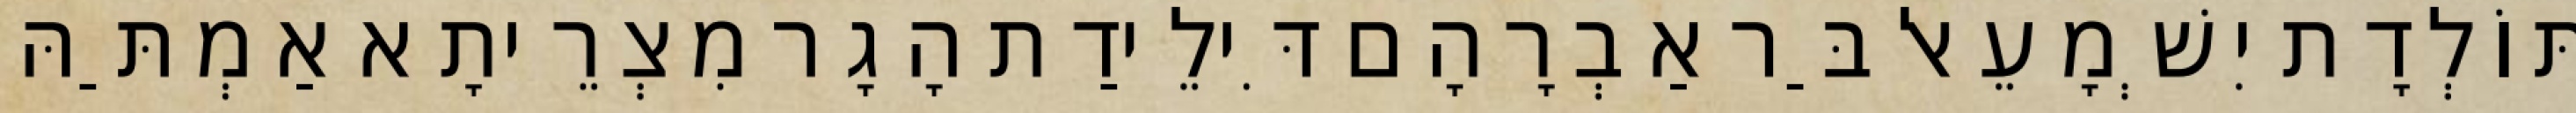
תּוֹלְדָת יִשְׁמָעֵאל בַּר אַבְרָהָם דִּילֵידַת הָגָר מִצְרֵיתָא אַמְתַּהּ